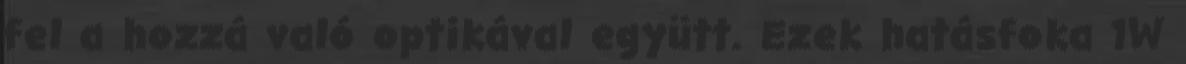
fel a hozzá való optikával együtt. Ezek hatásfoka 1W